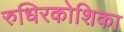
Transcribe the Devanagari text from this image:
रुधिरकोशिका